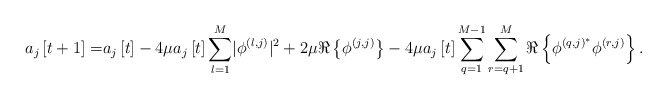
\begin{align*} a_j\left[t+1\right]=&a_j\left[t\right]-4\mu a_j\left[t\right]\sum_{l=1}^{M}\lvert\phi^{\left(l,j\right)}\rvert^2+2\mu\Re\left\{\phi^{\left(j,j\right)}\right\}-4\mu a_j\left[t\right]\sum_{q=1}^{M-1}\sum_{r=q+1}^{M}\Re\left\{\phi^{\left(q,j\right)^*}\phi^{\left(r,j\right)}\right\}.\end{align*}